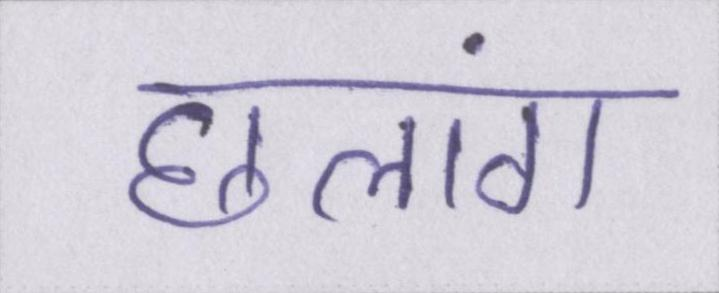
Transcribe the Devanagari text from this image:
छलांग